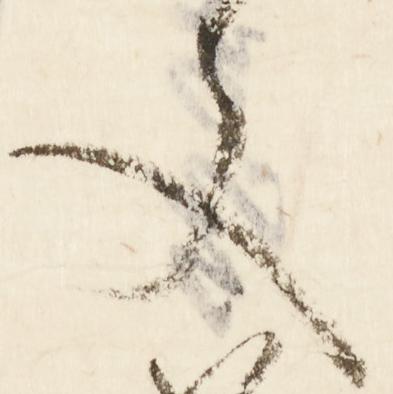
文